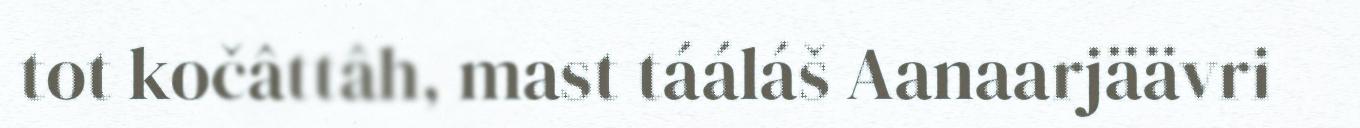
tot kočâttâh, mast tááláš Aanaarjäävri